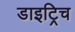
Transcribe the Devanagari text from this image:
डाइट्रिच